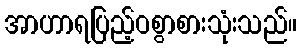
အာဟာရပြည့်ဝစွာစားသုံးသည်။